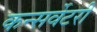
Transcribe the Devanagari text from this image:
कन्सर्वेटरी